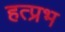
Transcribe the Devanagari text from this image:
हत्प्रभ